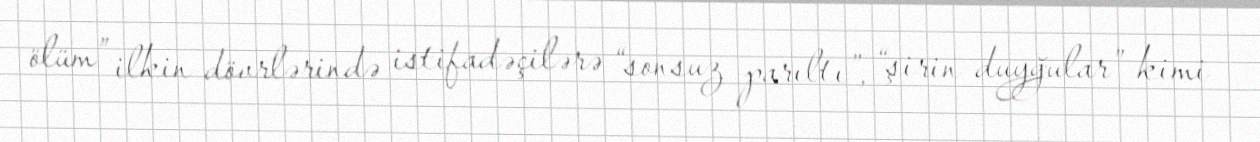
ölüm” ilkin dövrlərində istifadəçilərə “sonsuz parıltı”, “şirin duyğular” kimi